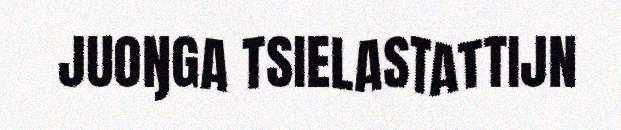
JUOŊGA TSIELASTATTIJN